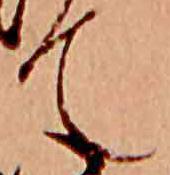
て